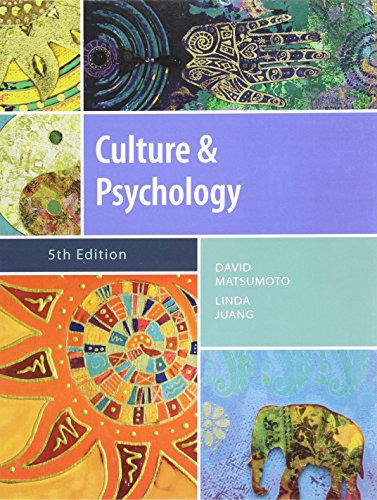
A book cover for Culture and Psychology, 5th Edition; David Matsumoto; Medical Books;